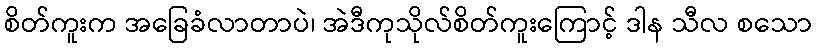
စိတ်ကူးက အခြေခံလာတာပဲ၊ အဲဒီကုသိုလ်စိတ်ကူးကြောင့် ဒါန သီလ စသော